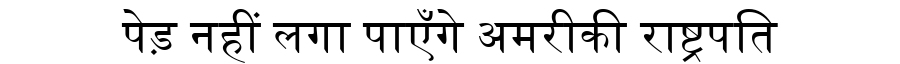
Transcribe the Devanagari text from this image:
पेड़ नहीं लगा पाएँगे अमरीकी राष्ट्रपति